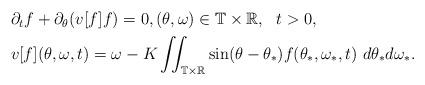
LaTeX: \begin{align*}\begin{aligned} \displaystyle & \partial_t f + \partial_{\theta} (v[f] f) = 0, (\theta, \omega) \in \mathbb T \times \mathbb R,~~t > 0, \\& v[f](\theta, \omega, t) = \omega - K \iint_{\mathbb T \times \mathbb R} \sin(\theta-\theta_*) f(\theta_*, \omega_*, t) ~ d\theta_*d\omega_* .\end{aligned}\end{align*}